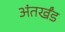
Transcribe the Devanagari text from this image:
अंतर्खंड